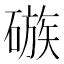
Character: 䃚